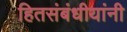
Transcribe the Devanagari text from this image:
हितसंबंधीयांनी